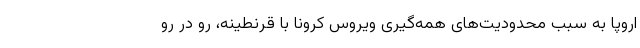
اروپا به سبب محدودیت‌های همه‌گیری ویروس کرونا با قرنطینه، رو در رو